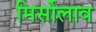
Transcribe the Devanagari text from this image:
मिर्सोलाव